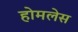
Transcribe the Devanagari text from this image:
होमलेस